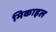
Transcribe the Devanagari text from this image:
मिकाइल